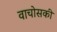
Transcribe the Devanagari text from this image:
वाचोसकी